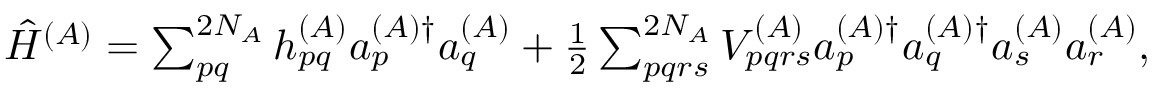
\begin{array} { r } { \hat { H } ^ { ( A ) } = \sum _ { p q } ^ { 2 N _ { A } } h _ { p q } ^ { ( A ) } a _ { p } ^ { ( A ) \dagger } a _ { q } ^ { ( A ) } + \frac { 1 } { 2 } \sum _ { p q r s } ^ { 2 N _ { A } } V _ { p q r s } ^ { ( A ) } a _ { p } ^ { ( A ) \dagger } a _ { q } ^ { ( A ) \dagger } a _ { s } ^ { ( A ) } a _ { r } ^ { ( A ) } , } \end{array}